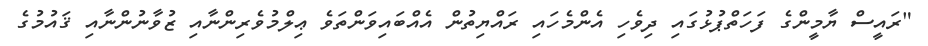
"ރައީސް ޔާމީންގެ ފަހަތްޕުޅުގައި ދިވެހި އެންމެހައި ރައްޔިތުން އެއްބައިވަންތަވެ ޢިލްމުވެރިންނާއި ޒުވާނުންނާއި ޤައުމުގެ